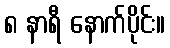
၈ နာရီ နောက်ပိုင်း။